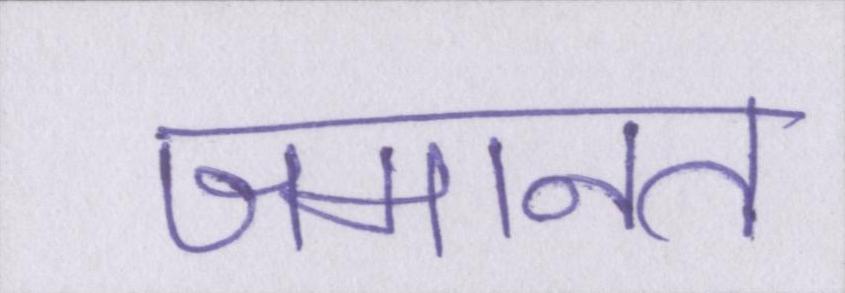
जमानत